Dysentery and liver abscess in Bombay - Number 47
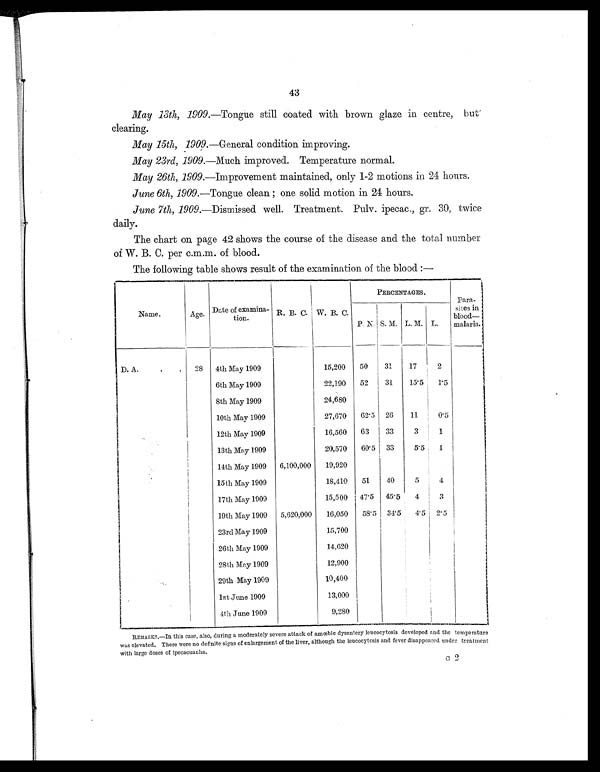
43
May 13th, 1909. —Tongue still coated with brown glaze in centre, but
clearing.
May 15th, 1909. —General condition improving.
May 23rd, 1909. —Much improved. Temperature normal.
May 26th, 1909. —Improvement maintained, only 1-2 motions in 24 hours.
June 6th, 1909.—Tongue clean ; one solid motion in 24 hours.
June 7th, 1909. —Dismissed well. Treatment. Pulv. ipecac., gr. 30, twice
daily.
The chart on page 42 shows the course of the disease and the total number
of W. B. C. per c.m.m. of blood.
The following table shows result of the examination of the blood :—
Name.
Age.
Date of examina-
tion.
R. B. C. W. B. C.
PERCENTAGES.
Para-
sites in
blood—
malaria
P. N. S. M. L. M. L.
D. A.
.
.
28 4th May 1909
15,200
50
31
17
2
6th May 1909
22,190
52
31
15.5
1.5
8th May 1909
24,680
10th May 1909
27,670
62.5 26
11
0.5
12th May 1909
16,560
63
33
3
1
13th May 1909
20,570
60.5 33
5.5
1
14th May 1909
6,100,000
19,920
15th May 1909
18,410
51
40
5
4
17th May 1909
15,500 47.5 45.5
4
3
19th May 1909
5,620,000
16,050
58.5 34.5
4.5 2.5
23rd May 1909
15,700
26th May 1909
14,620
28th May 1909
12,900
29th May 1909
10,400
1st June 1909
13,000
4th June 1909
9,280
REMARKS.—In this case, also, during a moderately severe attack of amœbic dysentery leucocytosis developed and the temperature
was elevated. There were no definite signs of enlargement of the liver, although the leucocytosis and fever disappeared under treatment
with large doses of ipecacuanha.
G 2